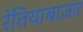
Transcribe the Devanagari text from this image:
रेतियाबाज़ार